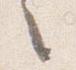
々